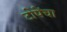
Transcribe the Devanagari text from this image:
टोपेंचा